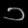
Digit: ၁